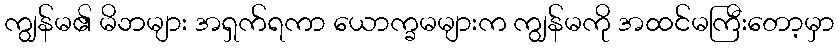
ကျွန်မ၏ မိဘများ အရှက်ရကာ ယောက္ခမများက ကျွန်မကို အထင်မကြီးတော့မှာ